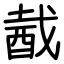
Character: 酨